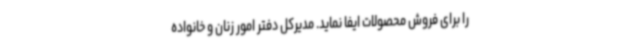
را برای فروش محصولات ایفا نماید. مدیرکل دفتر امور زنان و خانواده